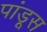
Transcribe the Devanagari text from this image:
पांडूस